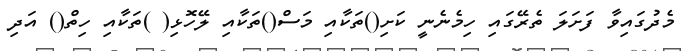
މެދުގައިވާ ފަށަލަ ތެރޭގައި ހިމެނެނީ ކަށި()ތަކާއި މަސް()ތަކާއި ލޭހޮޅި( )ތަކާއި ހިތް() އަދި